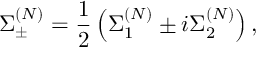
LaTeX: \Sigma _ { \pm } ^ { ( N ) } = \frac { 1 } { 2 } \left( \Sigma _ { 1 } ^ { ( N ) } \pm i \Sigma _ { 2 } ^ { ( N ) } \right) ,